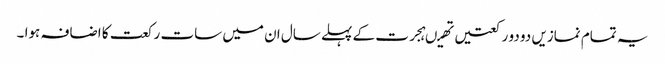
یہ تمام نمازیں دو دو رکعتیں تھیںہجرت کے پہلے سال ان میں سات رکعت کا اضافہ ہوا ۔